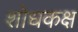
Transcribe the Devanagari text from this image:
शोधकक्ष